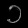
Digit: ၁